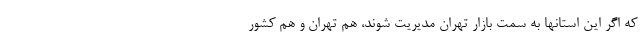
که اگر این استانها به سمت بازار تهران مدیریت شوند، هم تهران و هم کشور